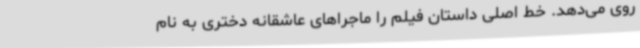
روی می‌دهد. خط اصلی داستان فیلم را ماجراهای عاشقانه دختری به نام